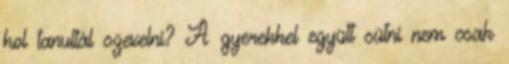
hol tanultál szexelni? A gyerekkel együtt sütni nem csak